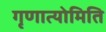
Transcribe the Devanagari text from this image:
गृणात्योमिति